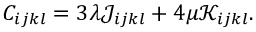
\begin{array} { r } { C _ { i j k l } = 3 \lambda \mathscr { J } _ { i j k l } + 4 \mu \mathscr { K } _ { i j k l } . } \end{array}